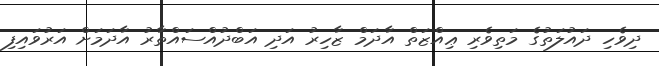
ދިވެހި ދައުލަތުގެ މަތިވެރި ޢިއްޒަތް އާދަމް ޒާހިރު އަދި އަބްދުއްސައްތާރު އާދަމަށް އަރުވައިފި